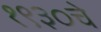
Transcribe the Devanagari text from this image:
१९३०चे